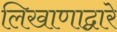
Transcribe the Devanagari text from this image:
लिखाणाद्वारे